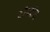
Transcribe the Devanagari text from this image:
द्रौपद्रीचे